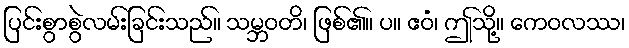
ပြင်းစွာစွဲလမ်းခြင်းသည်။ သမ္ဘဝတိ၊ ဖြစ်၏။ ပ။ ဧဝံ၊ ဤသို့။ ကေဝလဿ၊